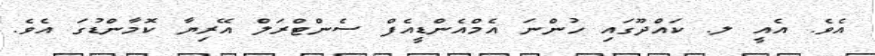
އެވެ. އެއީ ލ. ކައްދޫގައި ހުންނަ އެމްއެންޑީއެފް ސެންޓްރަލް އޭރިޔާ ކޮމާންޑުގަ އެވެ.